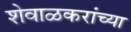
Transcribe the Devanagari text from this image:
शेवाळकरांच्या